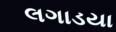
લગાડયા